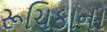
રૂચિકાના